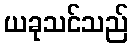
ယခုသင်သည်